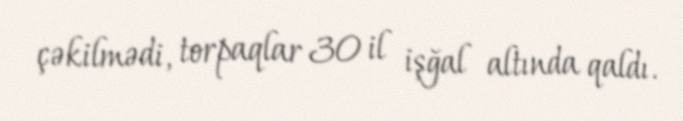
çəkilmədi, torpaqlar 30 il işğal altında qaldı.